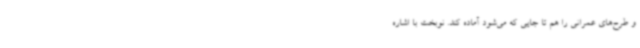
و طرح‌های عمرانی را هم تا جایی که می‌شود آماده کند. نوبخت با اشاره